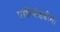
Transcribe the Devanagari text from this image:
एन्जियोइडीमा